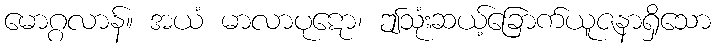
မောဂ္ဂလာန်။ အယံ မာလာပုဋော၊ ဤသုံးဆယ့်ခြောက်ယူဇနာရှိသော